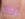
مكانه